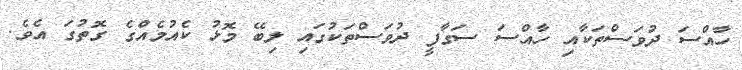
ހާއްސަ ދުވަސްތަކާއި ހާއްސަ ސަގާފީ ދުވަސްތަކުގައި ލިބޭ މޮޅު ކެއުމެއްގެ ގޮތުގަ އެވެ.